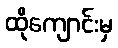
ထိုကျောင်းမှ